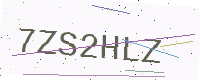
Text: 7ZS2HLZ